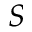
S